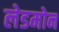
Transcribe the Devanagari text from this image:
लेडमोन